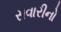
સવારીનો